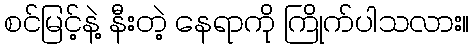
စင်မြင့်နဲ့ နီးတဲ့ နေရာကို ကြိုက်ပါသလား။